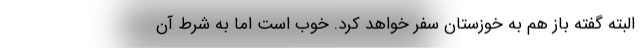
البته گفته باز هم به خوزستان سفر خواهد کرد. خوب است اما به شرط آن